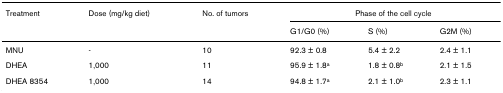
<table><thead><tr><td><b>Treatment</b></td><td><b>Dose (mg/kg diet)</b></td><td><b>No. of tumors</b></td><td colspan="3"><b>Phase of the cell cycle</b></td></tr><tr><td></td><td></td><td></td><td><b>G1/G0 (%)</b></td><td><b>S (%)</b></td><td><b>G2M (%)</b></td></tr></thead><tbody><tr><td>MNU</td><td>-</td><td>10</td><td>92.3 ± 0.8</td><td>5.4 ± 2.2</td><td>2.4 ± 1.1</td></tr><tr><td>DHEA</td><td>1,000</td><td>11</td><td>95.9 ± 1.8<sup>a</sup></td><td>1.8 ± 0.8<sup>b</sup></td><td>2.1 ± 1.5</td></tr><tr><td>DHEA 8354</td><td>1,000</td><td>14</td><td>94.8 ± 1.7<sup>a</sup></td><td>2.1 ± 1.0<sup>b</sup></td><td>2.3 ± 1.1</td></tr></tbody></table>